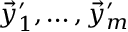
\vec { y } _ { 1 } ^ { \prime } , \dots , \vec { y } _ { m } ^ { \prime }